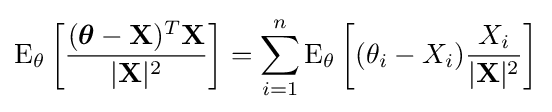
\operatorname {E} _{\theta }\left[{\frac {({\boldsymbol {\theta }}-\mathbf {X} )^{T}\mathbf {X} }{|\mathbf {X} |^{2}}}\right]=\sum _{i=1}^{n}\operatorname {E} _{\theta }\left[(\theta _{i}-X_{i}){\frac {X_{i}}{|\mathbf {X} |^{2}}}\right]